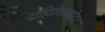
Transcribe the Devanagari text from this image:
दौहित्रोवासहोदरः